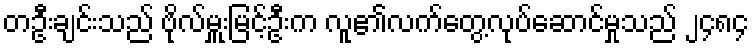
တဦးချင်းသည် ဗိုလ်မှူးမြင့်ဦးက လူ၏လက်တွေ့လုပ်ဆောင်မှုသည် ၂၄၈၄